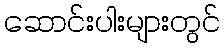
ဆောင်းပါးများတွင်